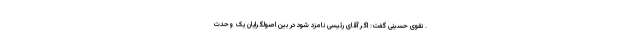
. نقوی حسینی گفت: اگر آقای رئیسی نامزد شود در بین اصولگرایان یک وحدت